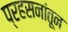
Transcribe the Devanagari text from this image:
प्रहसनांतून